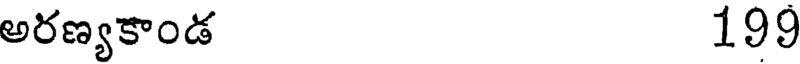
అరణ్యకాండ 199